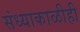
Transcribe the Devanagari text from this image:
संध्याकाळीही